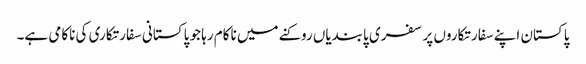
پاکستان اپنے سفارتکاروں پر سفری پابندیاں روکنے میں ناکام رہا جو پاکستانی سفارتکاری کی ناکامی ہے۔